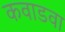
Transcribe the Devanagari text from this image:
कवाडवा